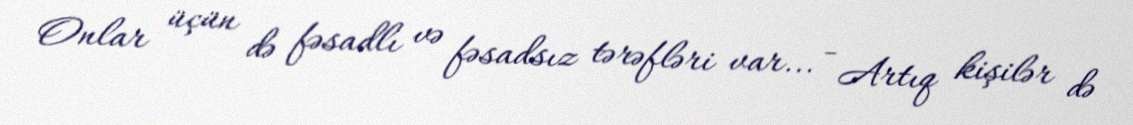
Onlar üçün də fəsadlı və fəsadsız tərəfləri var... - Artıq kişilər də